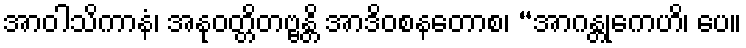
အာဝါသိကာနံ၊ အနုဝတ္တိတဗ္ဗန္တိ အာဒိဝစနတောစ၊ “အာဂန္တုကေဟိ၊ ပေ။